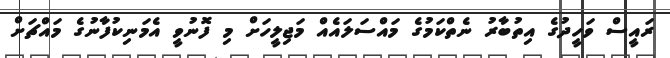
ރައީސް ވަހީދުގެ އިތުބާރު ނެތްކަމުގެ މައްސަލައެއް މަޖިލީހަށް މި ފޮނުވީ އެމަނިކުފާނުގެ މައްޗަށް